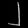
Digit: ၂